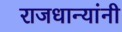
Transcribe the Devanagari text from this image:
राजधान्यांनी